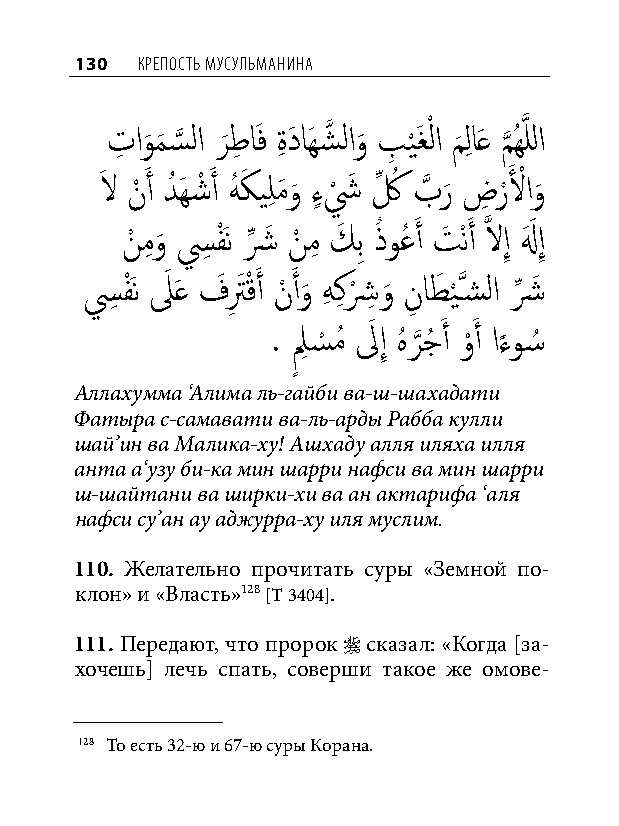
130 КреПость мусульманина
 تِ او
 َ
 م
 َ
 س
 َّذ
 لا ر
 َ
 طِ اَف ةِ دَ اَهشَّذ لاو
 َ
 بِ ي
 ْ
 َغْ لا م
 َ
 لِ اَع م
 َّذ
 ُهَّذ للا
 لاَ نْ َ أ دُ َهشْ َ أ هُ كَ يلِ مَو
 َ
 ءٍ ش
 ْ
 َ كِّ ُ بَّذ ر
 َ
 ضِ ر ْلَ ْ او
 َ
 نْ مِ و
 َ
 سِ فَْن شِّ َ نْ مِ كَ بِ ذُ وعُ َ أ تَ ْنَ أ َّذ لاإِ لهَ َ إِ
 سِ فَْن لَ َع فَتِ َ قْ َ أ نْ َ أو
 َ
 هِ كِ شْ ِ و
 َ
 نِ اطَ ي
 ْ
 َّذسشلا شِّ َ
 . ل
 ٍ
 ِ س
 ْ
 مُ لَ إِ هُ ر
 َّذ
 جُ َ أ و
 ْ
 َ أ اء
 ً
 و�ُ
 Аллахумма ‘Алима ль-гайби ва-ш-шахадати
 Фатыра с-самавати ва-ль-арды Рабба кулли
 шай’ин ва Малика-ху! Ашхаду алля иляха илля
 анта а‘узу би-ка мин шарри нафси ва мин шарри
 ш-шайтани ва ширки-хи ва ан актарифа ‘аля
 нафси су’ан ау аджурра-ху иля муслим.
 110. Желательно прочитать суры «Земной по-
 клон» и «Власть»128 [Т 3404].
 111. Передают, что пророк  сказал: «Когда [за-
 хочешь] лечь спать, соверши такое же омове-
 128 То есть 32-ю и 67-ю суры Корана.